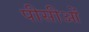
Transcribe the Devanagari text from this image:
पीसीओं